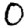
Digit: 0